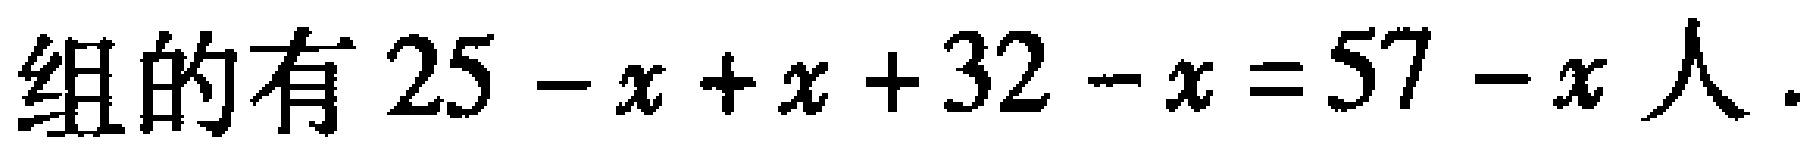
组的有 \(25 - x + x + 32 - x = 57 - x\) 人.